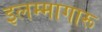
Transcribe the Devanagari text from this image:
इलम्मागारू